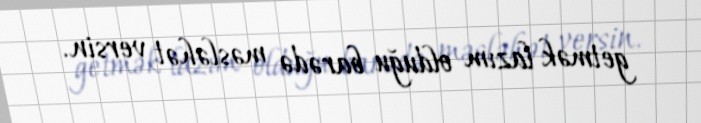
getmək lazım olduğu barədə məsləhət versin.